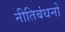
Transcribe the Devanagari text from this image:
नीतिबंधनों